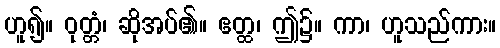
ဟူ၍။ ဝုတ္တံ၊ ဆိုအပ်၏။ ဧတ္ထ၊ ဤ၌။ ကာ၊ ဟူသည်ကား။